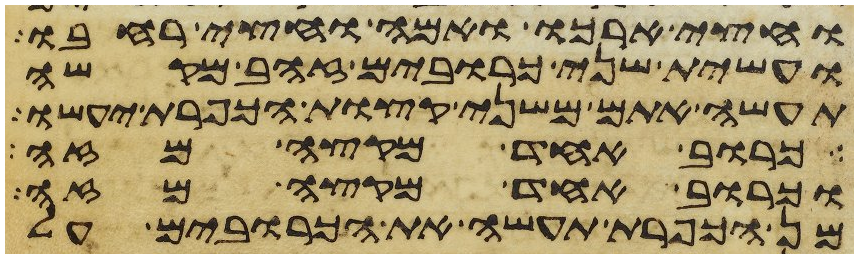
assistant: וחצי ארכו ואמה וחצי רחבו
ועשית שני כרובים זהב מקשה
תעשה אתם משני קצות הכפרת יעשו
כרוב אחד מקצה מזה
וכרוב אחד מקצה מזה
מן הכפרת תעשה את הכרובים על